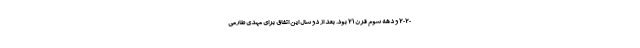
2020 و دهه سوم قرن 21 بود. بعد از دو سال این اتفاق برای مهدی طارمی